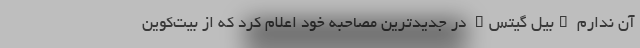
آن ندارم "بیل گیتس" در جدیدترین مصاحبه خود اعلام کرد که از بیت‌کوین